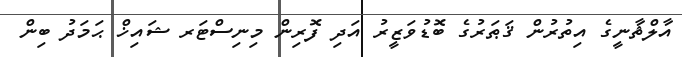
އާލްޘާނީގެ އިތުރުން ޤަޠަރުގެ ބޮޑުވަޒީރު އަދި ފޮރިން މިނިސްޓަރ ޝައިޚް ޙަމަދު ބިން